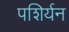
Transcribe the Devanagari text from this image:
पशिर्यन